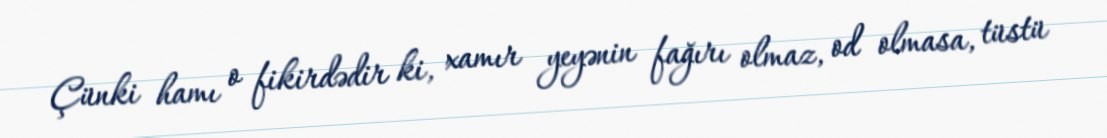
Çünki hamı o fikirdədir ki, xamır yeyənin fağırı olmaz, od olmasa, tüstü